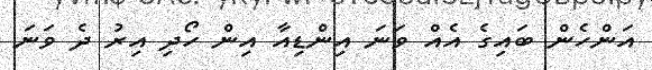
އަންހެން ބައިގެ އެއް ވަނަ އިންޑިއާ އިން ހޯދި އިރު ދެ ވަނަ